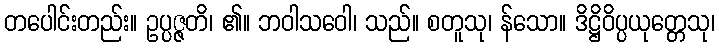
တပေါင်းတည်း။ ဥပ္ပဇ္ဇတိ၊ ၏။ ဘဝါသဝေါ၊ သည်။ စတူသု၊ န်သော။ ဒိဋ္ဌိဝိပ္ပယုတ္တေသု၊